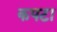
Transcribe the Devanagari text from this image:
कपटा